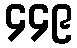
၄၄၉